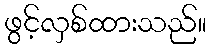
ဖွင့်လှစ်ထားသည်။